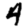
Digit: 4